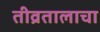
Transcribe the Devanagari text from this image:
तीव्रतालाचा